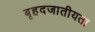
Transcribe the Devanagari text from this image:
बृहदजातीयता